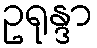
ဥရုန္ဒာ